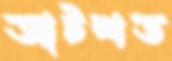
আটশত